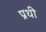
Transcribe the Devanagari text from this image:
प्रथी